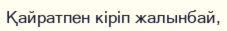
Қайратпен кіріп жалынбай,